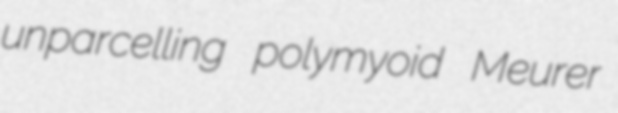
unparcelling polymyoid Meurer